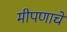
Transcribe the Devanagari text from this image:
मीपणाचे